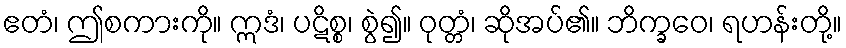
ဧတံ၊ ဤစကားကို။ ဣဒံ၊ ပဋိစ္စ၊ စွဲ၍။ ဝုတ္တံ၊ ဆိုအပ်၏။ ဘိက္ခဝေ၊ ရဟန်းတို့။